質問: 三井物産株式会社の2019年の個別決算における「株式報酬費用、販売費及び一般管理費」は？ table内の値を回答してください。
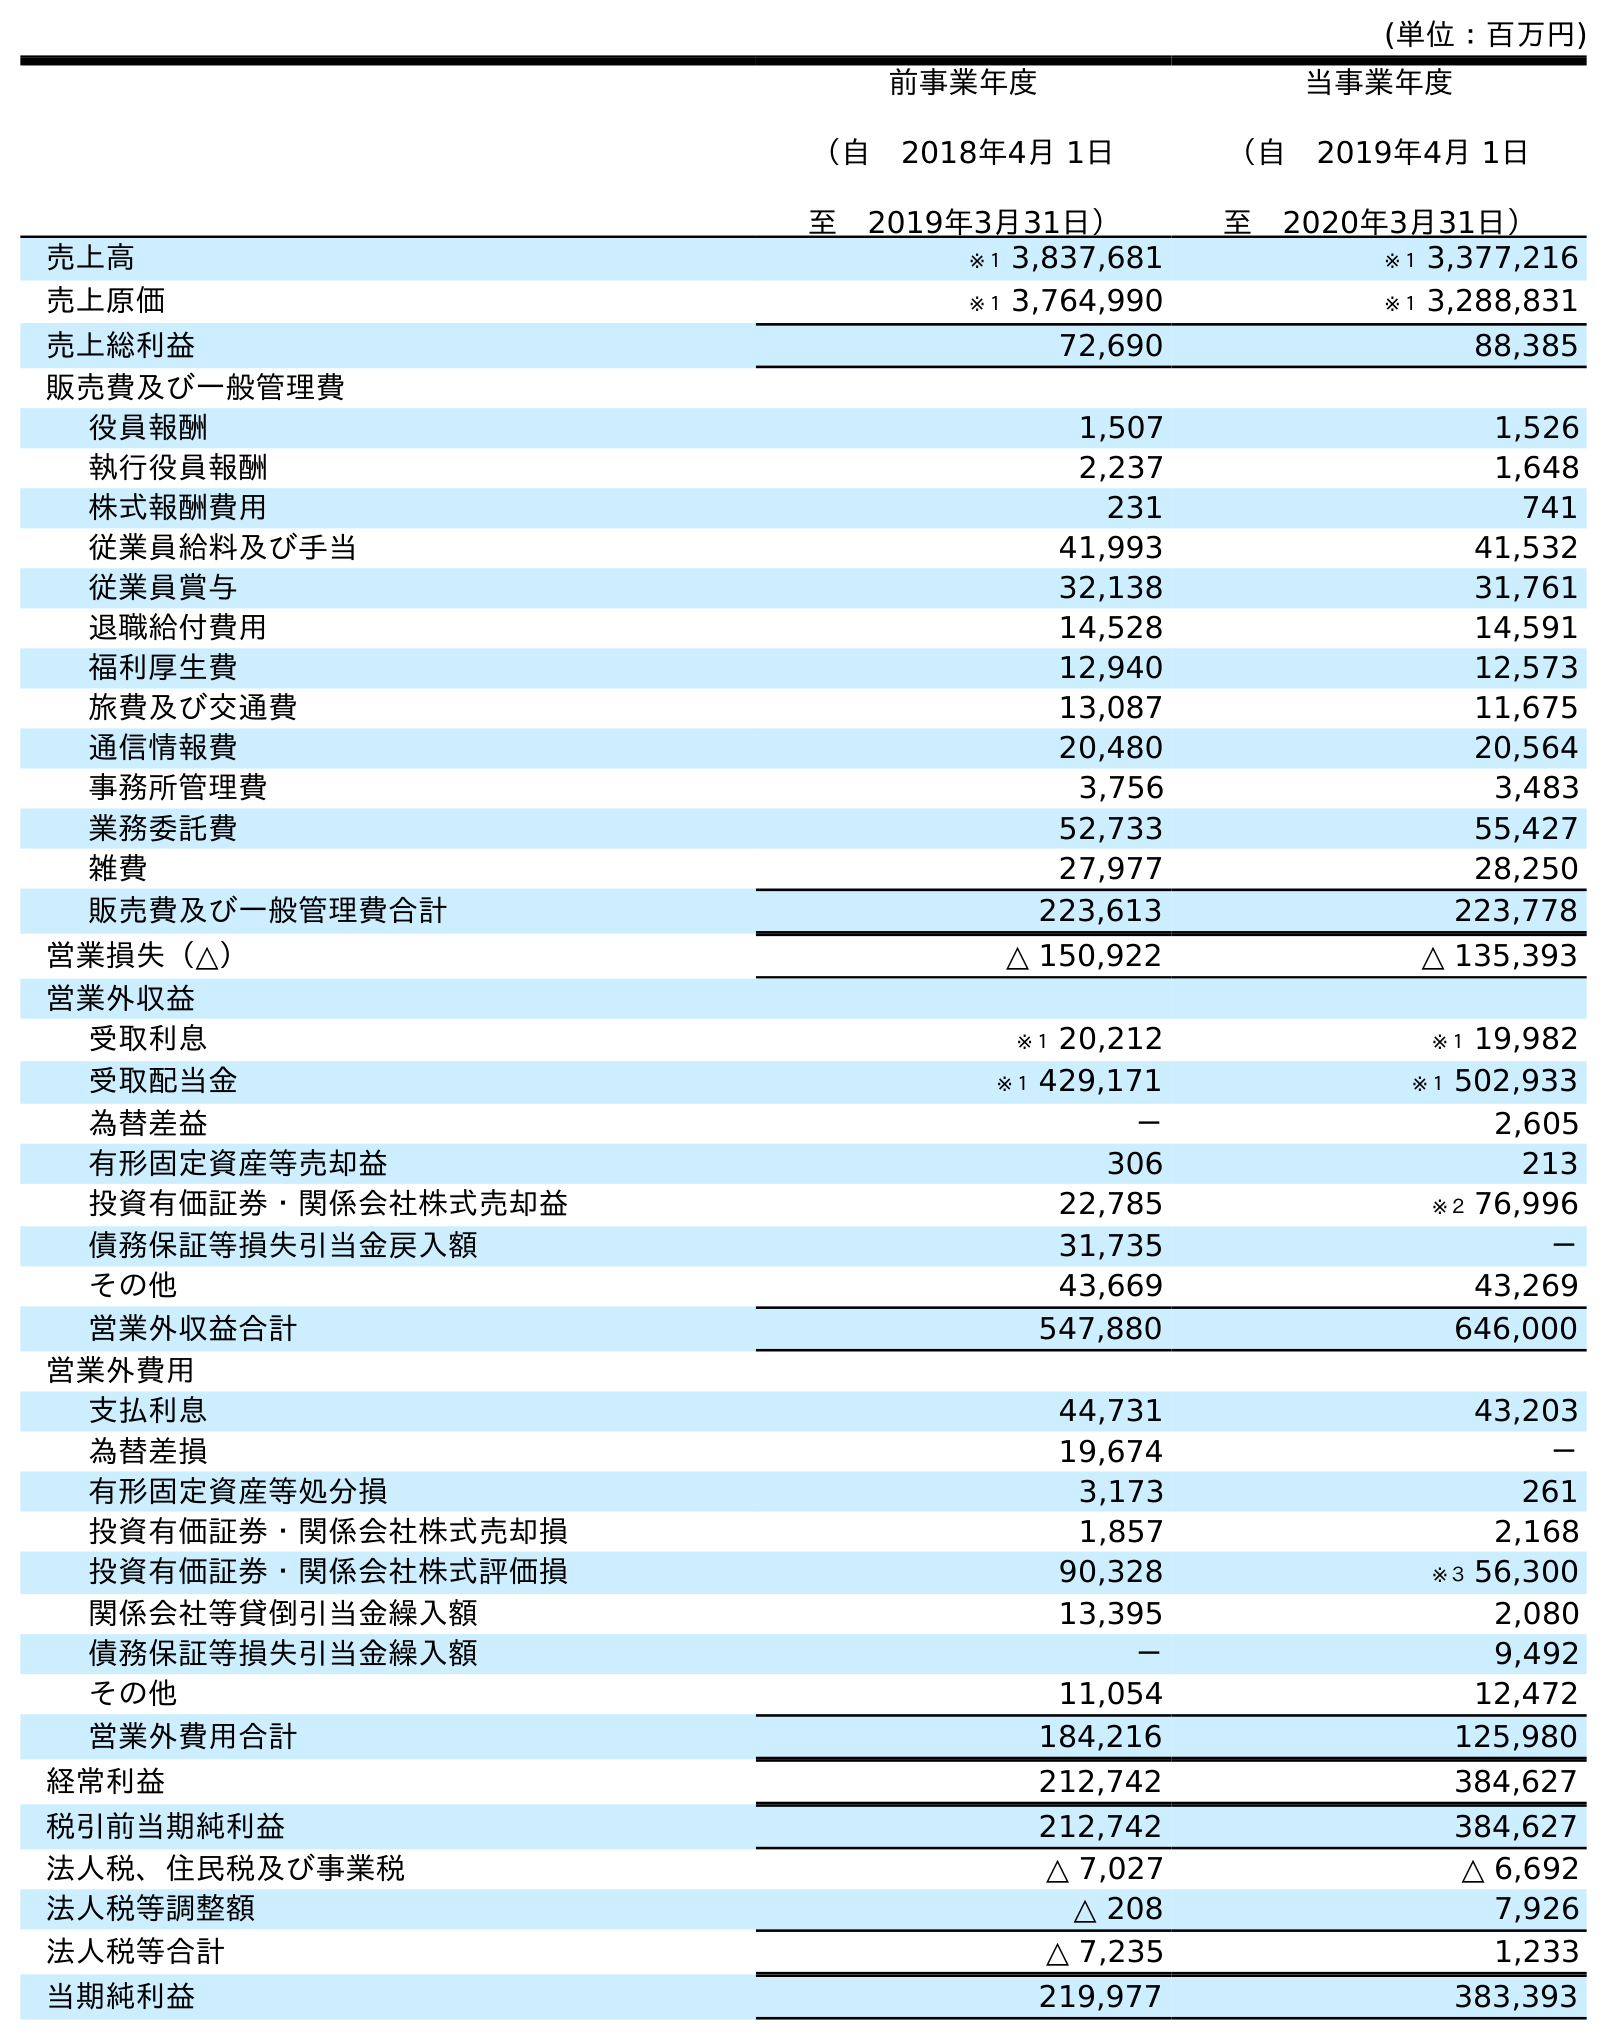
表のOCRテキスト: (単位：百万円) 前事業年度 （自 2018年4月 1日 至 2019年3月31日） 当事業年度 （自 2019年4月 1日 至 2020年3月31日） 売上高 ※１ 3,837,681 ※１ 3,377,216 売上原価 ※１ 3,764,990 ※１ 3,288,831 売上総利益 72,690 88,385 販売費及び一般管理費 役員報酬 1,507 1,526 執行役員報酬 2,237 1,648 株式報酬費用 231 741 従業員給料及び手当 41,993 41,532 従業員賞与 32,138 31,761 退職給付費用 14,528 14,591 福利厚生費 12,940 12,573 旅費及び交通費 13,087 11,675 通信情報費 20,480 20,564 事務所管理費 3,756 3,483 業務委託費 52,733 55,427 雑費 27,977 28,250 販売費及び一般管理費合計 223,613 223,778 営業損失（△） △ 150,922 △ 135,393 営業外収益 受取利息 ※１ 20,212 ※１ 19,982 受取配当金 ※１ 429,171 ※１ 502,933 為替差益 － 2,605 有形固定資産等売却益 306 213 投資有価証券・関係会社株式売却益 22,785 ※２ 76,996 債務保証等損失引当金戻入額 31,735 － その他 43,669 43,269 営業外収益合計 547,880 646,000 営業外費用 支払利息 44,731 43,203 為替差損 19,674 － 有形固定資産等処分損 3,173 261 投資有価証券・関係会社株式売却損 1,857 2,168 投資有価証券・関係会社株式評価損 90,328 ※３ 56,300 関係会社等貸倒引当金繰入額 13,395 2,080 債務保証等損失引当金繰入額 － 9,492 その他 11,054 12,472 営業外費用合計 184,216 125,980 経常利益 212,742 384,627 税引前当期純利益 212,742 384,627 法人税、住民税及び事業税 △ 7,027 △ 6,692 法人税等調整額 △ 208 7,926 法人税等合計 △ 7,235 1,233 当期純利益 219,977 383,393
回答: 231